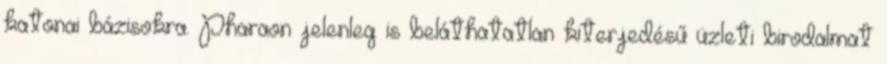
katonai bázisokra. Pharaon jelenleg is beláthatatlan kiterjedésű üzleti birodalmat